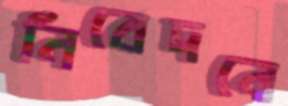
নিবেদনে